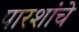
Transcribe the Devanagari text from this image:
पारशांचे